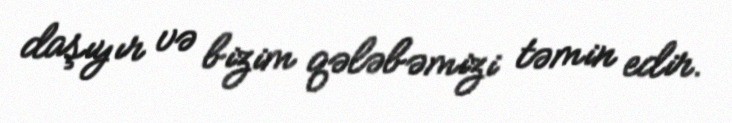
daşıyır və bizim qələbəmizi təmin edir.